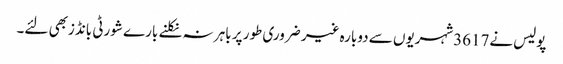
پولیس نے3617شہریوں سے دوبارہ غیر ضروری طور پر باہر نہ نکلنے بارے شورٹی بانڈزبھی لئے۔